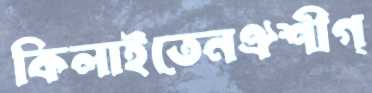
কিলাইতেনঐশীগ্